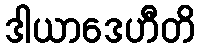
ဒါယာဒေဟီတိ